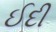
ઈદી